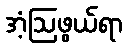
အံ့ဩဖွယ်ရာ